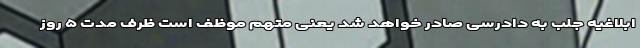
ابلاغیه جلب به دادرسی صادر خواهد شد یعنی متهم موظف است ظرف مدت ۵ روز